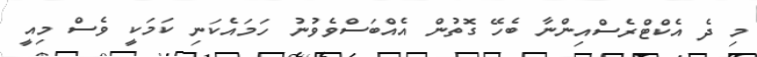
މި ދެ އެކްޓްރެސްއިންނާ ބެހޭ ގޮތުން އެއްބަސްވެވުނު ހަމައެކަނި ކަމަކީ ވެސް މިއީ